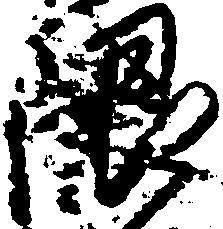
限